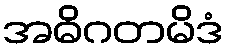
အဓိဂတမိဒံ